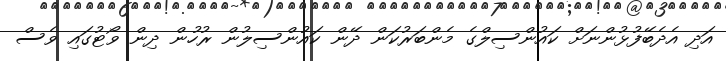
އަދި އެދެބޭފުޅުންނަށް ކައުންސިލްގެ މެންބަރުކަން ދޭން ކައުންސިލުން ރުހުން ދިން ވޯޓުގައި ވެސް